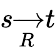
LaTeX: s{\xrightarrow[{R}]{}}t